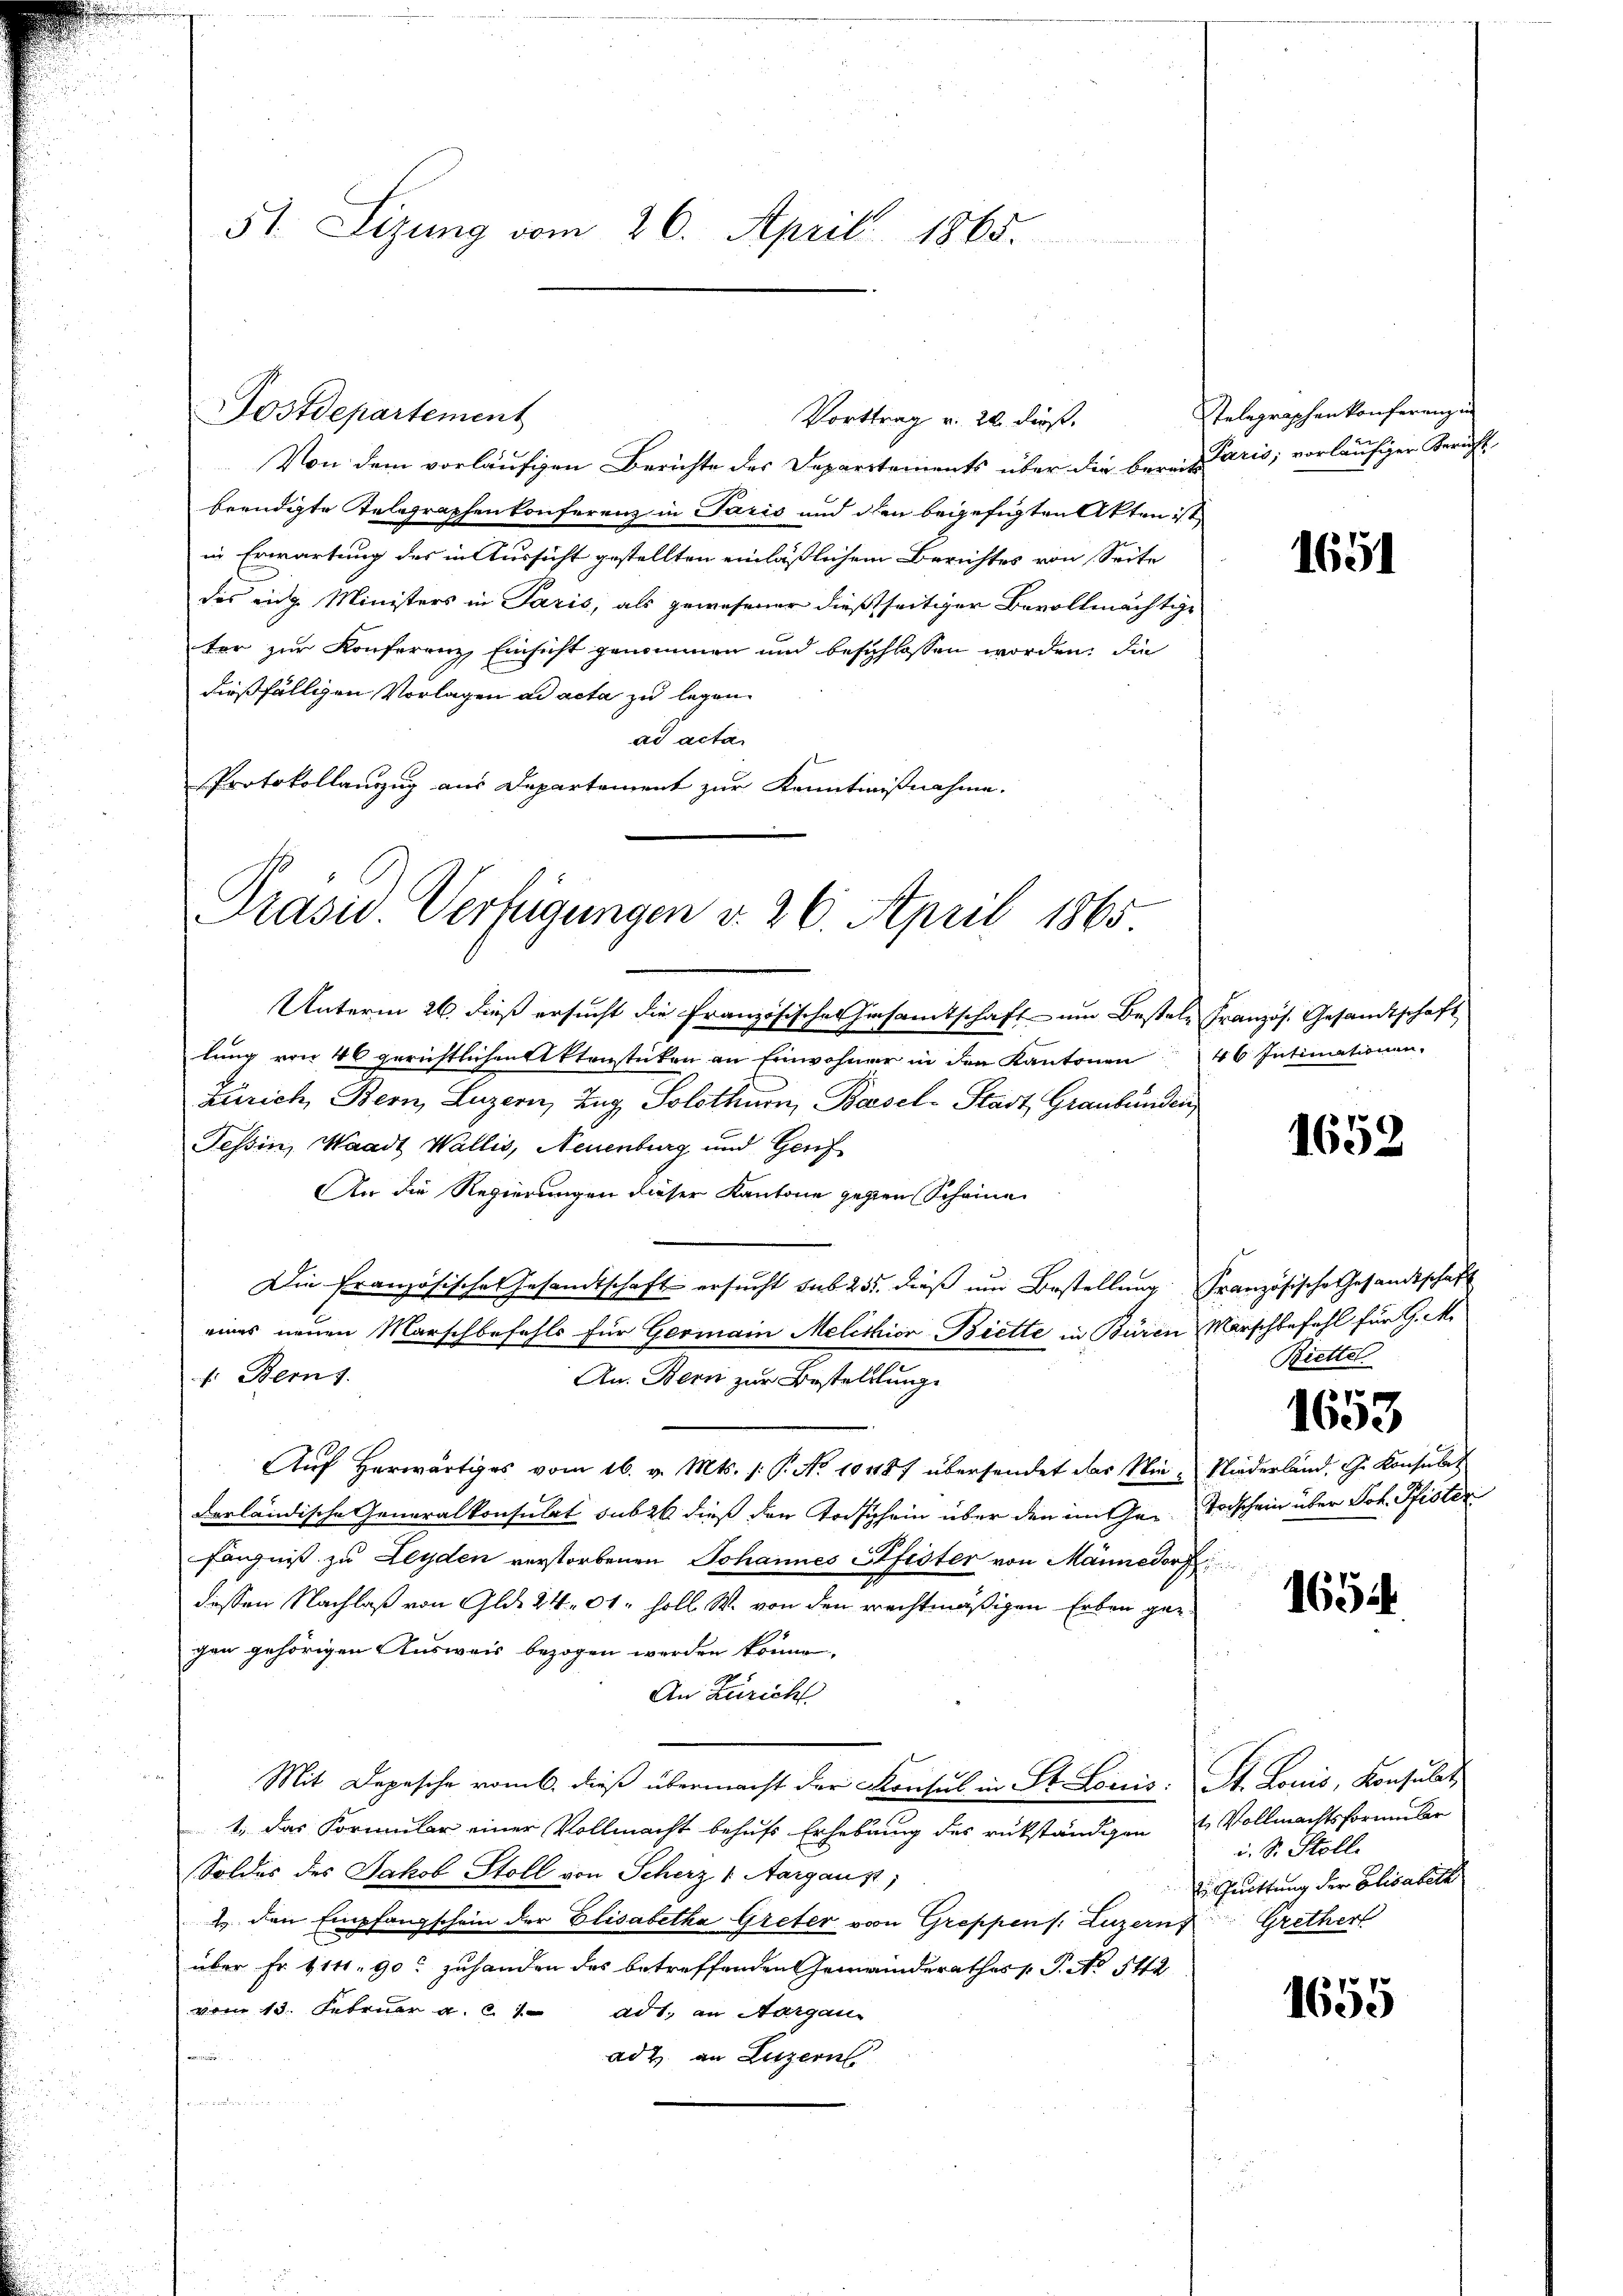
Von dem vorläufigen Berichte des Departements über die berein Paris, vorläufiger Bericht
beendigte Telegraphenkonferenz in Paris und den begefügten Akten ist,
in Erwartung des in Aussicht gestellten einläßlichem Berichtes von Seite
des ange Ministers in Paris, als gewesener dießseitiger Bevollmächtige
ter zur Konferenz, Einsicht genommen und beschlossen worden, die
dießfälligen Vorlagen ad acta zu legen.
ad acta
t
Protokollanzug aus Departement zur Kenntnißnahme.

51. Sizung vom 26. April 1865.

Postdepartement

Vorttrag v. 20. dieß.

Präsid. Verfügungen v. 26. April 1865

Unterm 26. dieß ersucht die Französisches Einsamtschaft um Bestele französ. Gesandtschaft
tung von 46 gerichtlichen Aktenstücken an Einwohner in den Kantonen 46 Intimationen.
Zürich, Bern, Luzern, Zug Solothurn, Basel-Stadt Graubünden
Tessin, Waadt Wallis, Neuenburg und Genf
An die Regierungen dieser Kantone gehen Scheine
Die Französisches Gesandtschaft ersucht sub 255. dieß um Bestellung. Französische Gesandtschaft
eines neuen Marschbefehls für Germain Melichior Biette in Büren Marschbefehl für G. M.
f. Bern s.
An. Bern zur Bestellung.
Aŭf herwärtiges vom 16. v. Mts. /: P. No 10487 übersendet das Wie Niederland. G. Konsulat
derländische Generalkonsulat subst dieß den Todschein über den im Gan Todschein über Joh. Pfister
fängniß zu Leyden verstorbenen Johannes Pfister von Männedorf
dessen Nachlaß von Gld. 24,01. soll. W. von den rechtmäßigen Erben gegen gehörigen Ausweis bezogen werden könne,
An Züricht
Mit Depesche vom 6. dieß übermacht der Konsul in St. Lorcis: St. Louis, Konsulat,
1. das Formular einer Vollmacht behufs Erhebung des rükständigen Vollmachtsformulier
Soldes des Jakob Stoll von Scherz v. Aargaust,
2. den Empfangschein der Elisabetha Greter von Greppens. Luzern Grether
über Fr. 114. 90 zuhanden des betreffenden Gemeinderathes P. No 512
vom 13. Februar a. c. 1 ad1. an Aargaus
ad 2. an Luzern
eten der in
e

Telegraphenkonferenzen

1651

1652

Brettel
1653

1654

i. S. Stoll
Ein Grüttung der Elisatile

1655